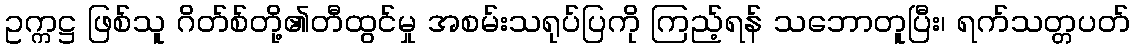
ဥက္ကဋ္ဌ ဖြစ်သူ ဂိတ်စ်တို့၏တီထွင်မှု အစမ်းသရုပ်ပြကို ကြည့်ရန် သဘောတူပြီး၊ ရက်သတ္တပတ်